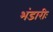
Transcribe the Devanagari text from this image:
भंडारीः